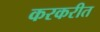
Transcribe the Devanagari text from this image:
करकरीत